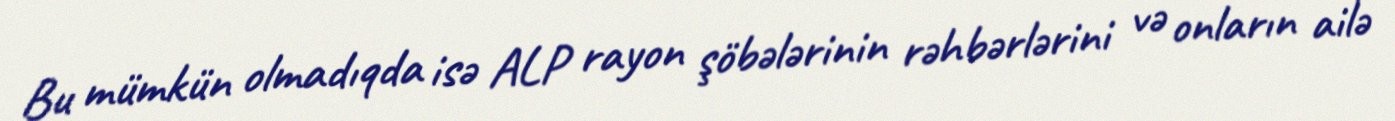
Bu mümkün olmadıqda isə ALP rayon şöbələrinin rəhbərlərini və onların ailə